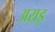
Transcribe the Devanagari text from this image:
अराइ